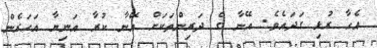
އެހާ ރުޅި ގަދައެވެ. އޭނާ ގެ ދަރިންތަކަށް އޭނާ ކުރާ އަނިޔާ އަހަރެން